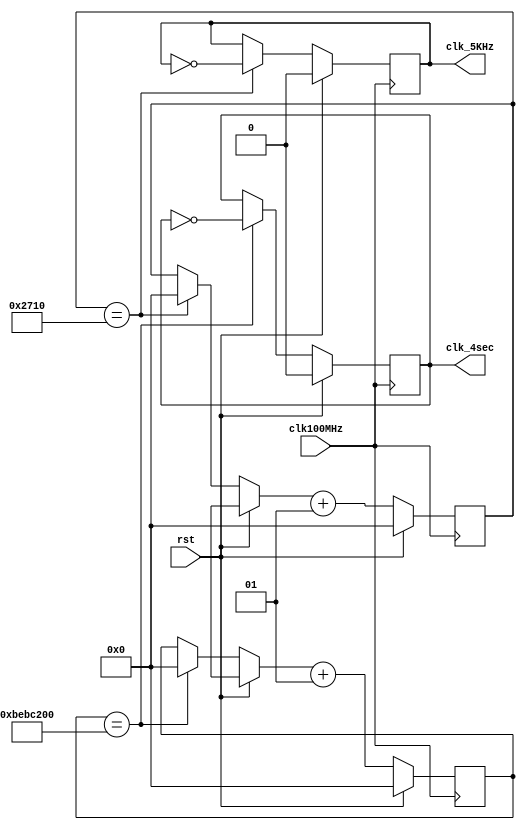
module clk_gen(clk100MHz, rst, clk_4sec, clk_5KHz);
    input clk100MHz, rst;
    output clk_4sec, clk_5KHz;
    reg clk_4sec, clk_5KHz;
    integer count, count1;
    always@(posedge clk100MHz)
    begin
        if(rst)
        begin
            count = 0;
            count1 = 0;
            clk_4sec = 0;
            clk_5KHz =0;
        end
        else
    begin
        if(count == 200000000)
            begin
            clk_4sec = ~clk_4sec;
            count = 0;
        end
        if(count1 == 10000)
            begin
            clk_5KHz = ~clk_5KHz;
            count1 = 0;
            end
            count = count + 1;
            count1 = count1 + 1;
    end
end
endmodule // end clk_gen